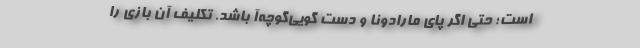
است؛ حتی اگر پای مارادونا و دست گویی‌گوچه‌آ باشد. تکلیف آن بازی را